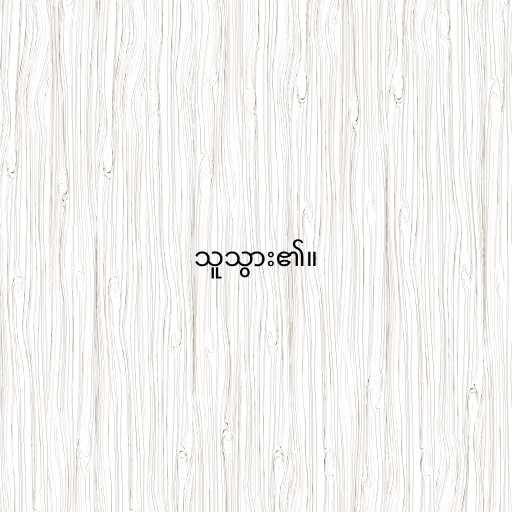
သူသွား၏။